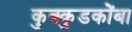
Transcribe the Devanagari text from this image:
कुक्कुडकोंबा